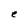
Character: e